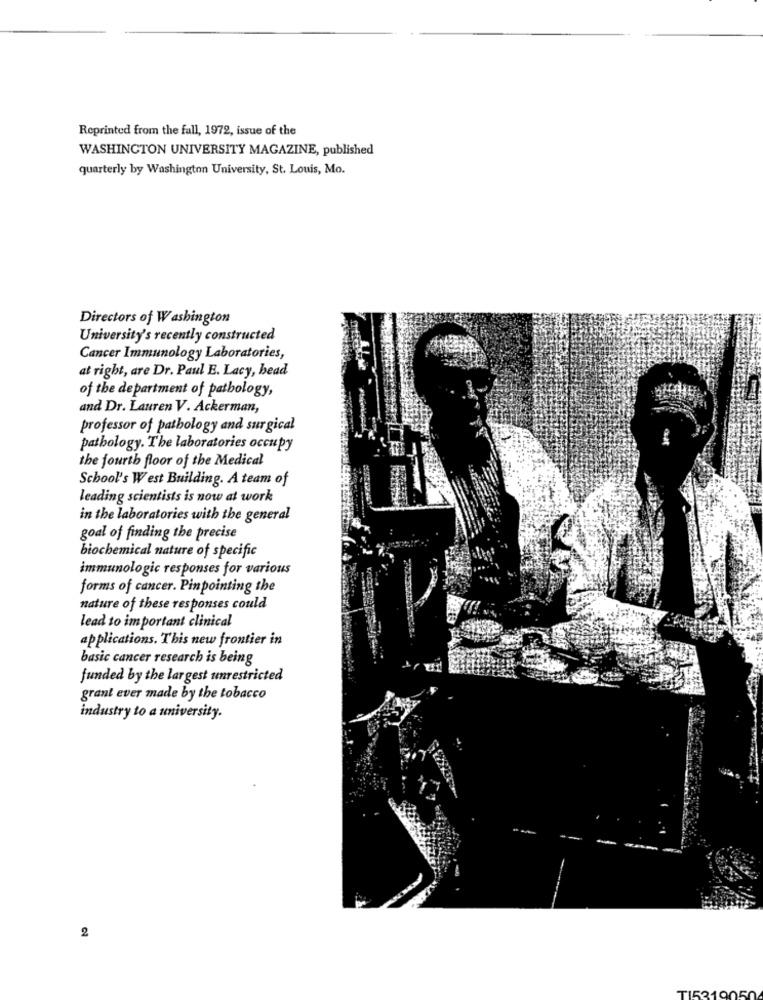
Reprinted from the fall, 1972, issue of the
WASHINGTON UNIVERSITY MAGAZINE, published
quarterly by Washington University, St. Louis, Mo.
Directors of Washington
University's recently constructed
Cancer Immunology Laboratories,
at right, are Dr. Paul E. Lacy, head
of the department of pathology,
and Dr. Lauren V. Ackerman,
professor of pathology and surgical
pathology. The laboratories occupy
the fourth floor of the Medical
School's West Building. A team of
leading scientists is now at work
in the laboratories with the general
goal of finding the precise
biochemical nature of specific
immunologic responses for various
forms of cancer. Pinpointing the
nature of these responses could
lead to important clinical
applications. This new frontier in
basic cancer research is being
funded by the largest unrestricted
grant ever made by the tobacco
industry to a university.
2
TI5310050